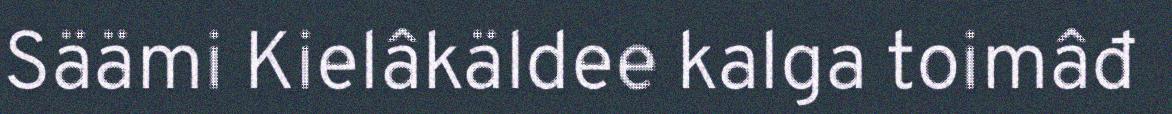
Säämi Kielâkäldee kalga toimâđ